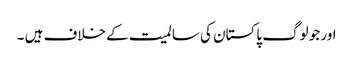
اور جو لوگ پاکستان کی سالمیت کے خلاف ہیں ۔